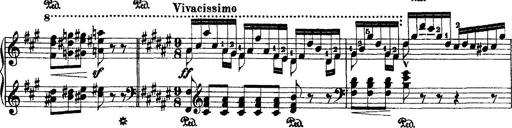
Title: 2 KonzertetÃ¼den
Composer: Franz Liszt